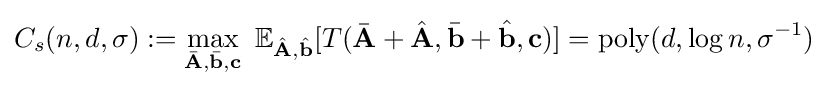
C_{s}(n,d,\sigma ):=\max _{{\bar {\mathbf {A} }},{\bar {\mathbf {b} }},\mathbf {c} }~\mathbb {E} _{{\hat {\mathbf {A} }},{\hat {\mathbf {b} }}}[T({\bar {\mathbf {A} }}+{\hat {\mathbf {A} }},{\bar {\mathbf {b} }}+{\hat {\mathbf {b} }},\mathbf {c} )]={\rm {poly}}(d,\log n,\sigma ^{-1})